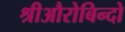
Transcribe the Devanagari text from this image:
श्रीऔरोबिन्दो